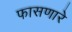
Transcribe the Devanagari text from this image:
फासणारे